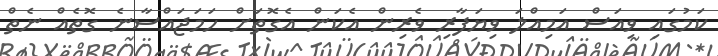
ކަމުގައި ވިއަސް އަމިއްލަ ވިޔަފާރި ވެރިން އެކަން އެގޮތަށް ހަމަޖައްސާނެ ގޮތެއް ނެތް